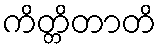
ကိတ္တိတာတိ